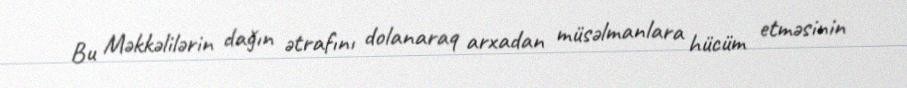
Bu Məkkəlilərin dağın ətrafını dolanaraq arxadan müsəlmanlara hücüm etməsinin